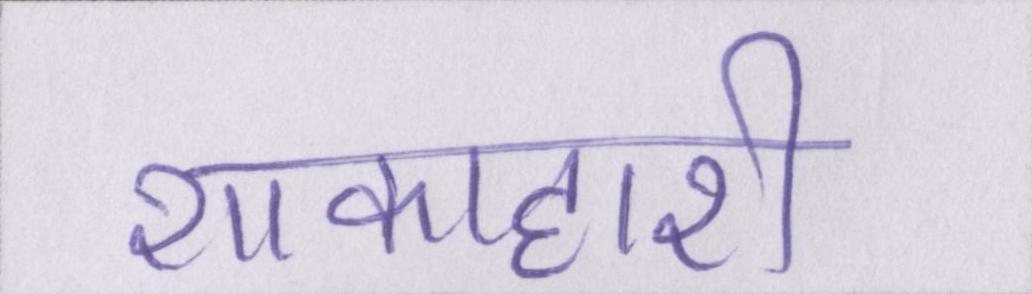
शाकाहारी